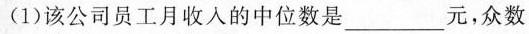
(1)该公司员工月收入的中位数是___元，众数